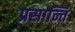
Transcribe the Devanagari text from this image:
प्रसान्ति